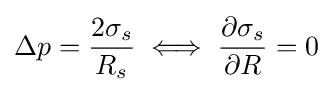
\Delta p={\frac {2\sigma _{s}}{R_{s}}}\iff {\frac {\partial \sigma _{s}}{\partial R}}=0